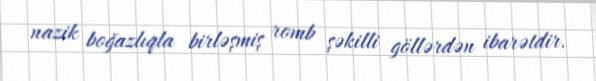
nazik boğazlıqla birləşmiş romb şəkilli göllərdən ibarətdir.